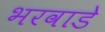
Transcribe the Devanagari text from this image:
भरवाडे